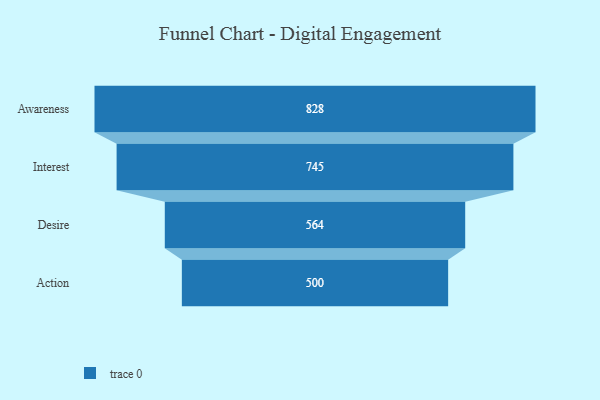
{"axis": {"x": "Stage", "y": "Value"}, "legend": [""], "data": [{"x": "Awareness", "y": 828.0, "type": ""}, {"x": "Interest", "y": 745.0, "type": ""}, {"x": "Desire", "y": 564.0, "type": ""}, {"x": "Action", "y": 500, "type": ""}]}